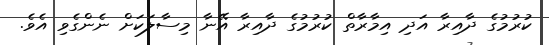
ކުރުމުގެ ދާއިރާ އަދި އިމާރާތް ކުރުމުގެ ދާއިރާ އޭނާ މިސާލަކަށް ނެންގެވި އެވެ.